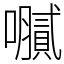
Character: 𫬤